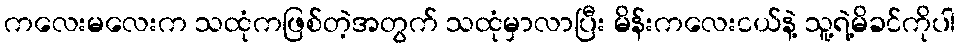
ကလေးမလေးက သထုံကဖြစ်တဲ့အတွက် သထုံမှာလာပြီး မိန်းကလေးငယ်နဲ့ သူ့ရဲ့မိခင်ကိုပါ